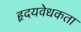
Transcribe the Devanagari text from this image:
हृदयवेधकता